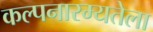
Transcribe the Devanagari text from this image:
कल्पनारम्यतेला